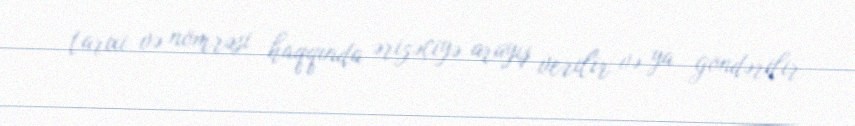
tarixi və nömrəsi haqqında ərizəçiyə arayış verilir və ya göndərilir.